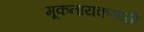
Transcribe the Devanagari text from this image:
मूकनायकसाठी